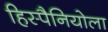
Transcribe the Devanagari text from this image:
हिस्पैनियोला